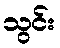
သွင်း